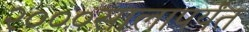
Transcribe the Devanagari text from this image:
२०००सालापर्यंत